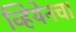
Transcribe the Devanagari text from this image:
व्हियेनचा